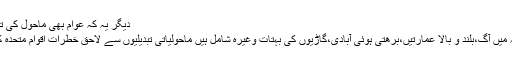
دیگر یہ کہ عوام بھی ماحول کی تباہی میں بنیادی کردار ادا کر رہے ہیں جن میں
جنگلات کی بے دریغ کٹائی،جنگلات کے رقبہ میں آگ،بلند و بالا عمارتیں،برھتی ہوئی آبادی،گاڑیوں کی بہتات وغیرہ شامل ہیں ماحولیاتی تبدیلیوں سے لاحق خطرات اقوام متحدہ کی سیکورٹی کونسل میں زیر بحث آ چکے ہیں۔